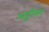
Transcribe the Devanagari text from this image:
अट्टीका